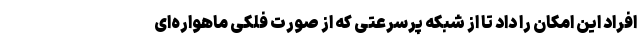
افراد این امکان را داد تا از شبکه پرسرعتی که از صورت فلکی ماهواره‌ای